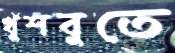
খুশবুতে